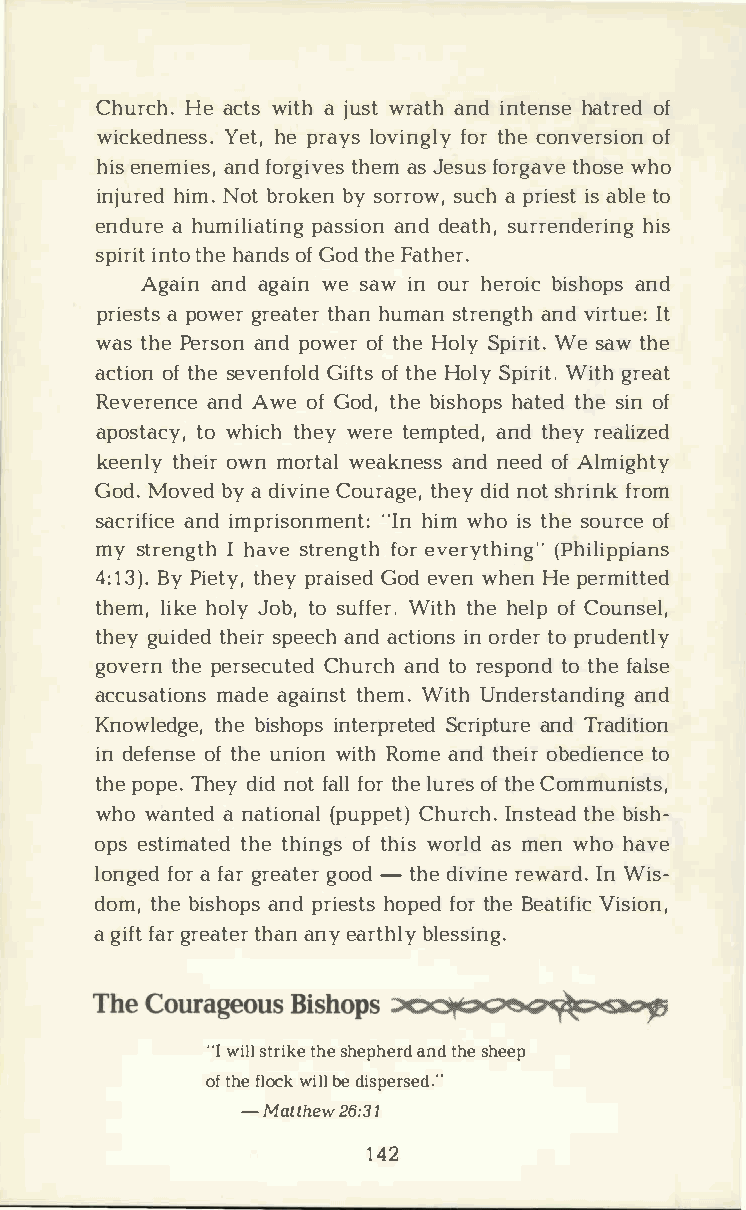
ChurHceha .c twsi tahj uwsrta atnhid n tehnastero efd
 wickedYneeths,esp .r alyosv ifnogtrlh yce o nverosfi on
 hiesn emiaenfsdo, r gtihveeamssJ esfuosr gtahvowesh eo
 injuhriemNd.o btr okbeysn o rrsouwca,hp r iieassb ttl oe
 enduarh eu miliatianngdd e paastsuhsr,ir oenn hdiesr ing
 spiirnittthoh e a nodfGs o tdh Fea ther.
 Agaiann da gawiens awi no uhre robiics haonpds
 prieaps otwsge rre attheahrnu masnt reanngvdti hr tIute :
 watsh Pee rsaonnpd o woefrt hHeo lSyp iWreis ta.tw h e
 actoifot nhs ee venGfiofoltftds h Heo lSyp iWriittgh.r eat
 ReveraennAdcw ee o fG odt,h bei shhoaptste hdse i onf
 aposttaowc hyi,tc hhe wye rtee mptaendtd,h erye alized
 keentlhyeo iwrnm ortwaela knaensndse eodfA lmighty
 GodM.o vebdya d ivCionuer atgheed,yin do sth rifnrko m
 sacrainfidim cper iso"nImhnei nwmth :oi st hseo urocfe
 mys treInh gatvhse t refnogertv he ryt(hPihnigl"i ppians
 4:1B3y)P .i etthyep,yr aiGsoeded v ewnh eHne p ermitted
 thelmi,hk oel Jyo bt,os uffWeirtt.hh hee lopfC ounsel,
 thegyu idtehdes ipre eacnhad c tiionon rsdt eopr r udently
 govetrhnpe e rseCchuutreacdnh td o r esptootn hdfe a lse
 accusamtaidaoegn asi tnhsetWm i.t Uhn derstaanndd ing
 Knowletdhgbeise h,o ipnst erpSrcertiepadtn uTdrr ea dition
 ind efeonfts heue n iwoint Rho maen tdh eoibre diteon ce
 thpeo pTeh.e y didf otnrho letu rofeftas hlC elo mmunists,
 whow antaen da ti(opnuaplCp heutr)Ic nhs.t tehabedi sh­
 opess timtahtteeh di nogfts h wiosr alsdm enw hoh ave
 longfeoadrf agrr eagtoeo-rdt hdei vrienwea IrnWd i.s ­
 domt,h bei shaonppdsr iehsotpfseo dtr h Bee atViifsiico n,
 ag iffatgr r eattheaarnn eya rtbhlleys sing.
 · w'iIsl tlr tihkseeh ephaenrtddh s eh eep
 oft hfel owcikbl eld ispersed."
 -Matth2e6w: 31
 142